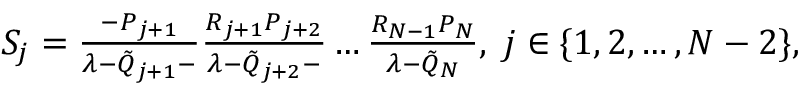
\begin{array} { r } { S _ { j } = \frac { - P _ { j + 1 } } { \lambda - \tilde { Q } _ { j + 1 } - } \frac { R _ { j + 1 } P _ { j + 2 } } { \lambda - \tilde { Q } _ { j + 2 } - } \ldots \frac { R _ { N - 1 } P _ { N } } { \lambda - \tilde { Q } _ { N } } , \; j \in \{ 1 , 2 , \dots , N - 2 \} , } \end{array}